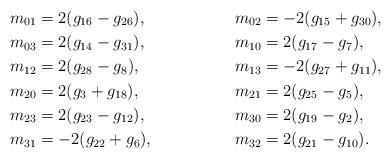
LaTeX: \begin{align*}m_{01}&=2(g_{16}-g_{26}),&&m_{02}=-2(g_{15}+g_{30}),\\m_{03}&=2(g_{14}-g_{31}),&&m_{10}=2(g_{17}-g_{7}),\\m_{12}&=2(g_{28}-g_{8}), &&m_{13}=-2(g_{27}+g_{11}),\\m_{20}&=2(g_{3}+g_{18}) ,&&m_{21}=2(g_{25}-g_{5}),\\m_{23}&=2(g_{23}-g_{12}),&&m_{30}=2(g_{19}-g_{2}),\\m_{31}&=-2(g_{22}+g_{6}), &&m_{32}=2(g_{21}-g_{10}).\end{align*}